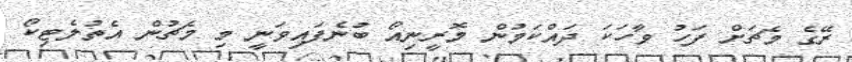
ރޭގެ މެޗަށް ފަހު ވާހަކަ ދައްކަމުން މޮރީނިއޯ ބުނެފައިވަނީ މި މެޗުން އެތުލެޓިކޯ